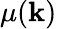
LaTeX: \mu(\mathbf{k})